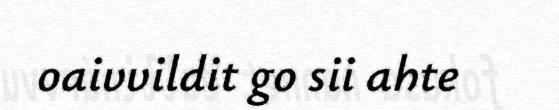
oaivvildit go sii ahte